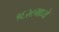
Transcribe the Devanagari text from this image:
१६२८मध्ये